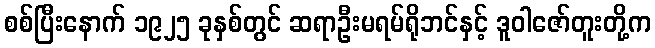
စစ်ပြီးနောက် ၁၉၂၅ ခုနှစ်တွင် ဆရာဦးမရမ်ရိုဘင်နှင့် ဒူဝါဇော်တူးတို့က